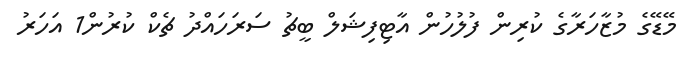
މޭޑޭގެ މުޒާހަރާގެ ކުރިން ފުލުހުން އާޓިފިޝަލް ބީޗު ސަރަހައްދު ޗެކް ކުރުން1 އަހަރު